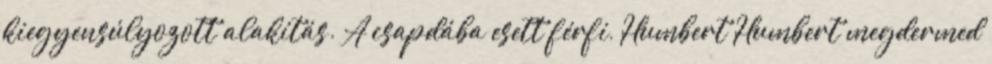
kiegyensúlyozott alakítás. A csapdába esett férfi, Humbert Humbert megdermed